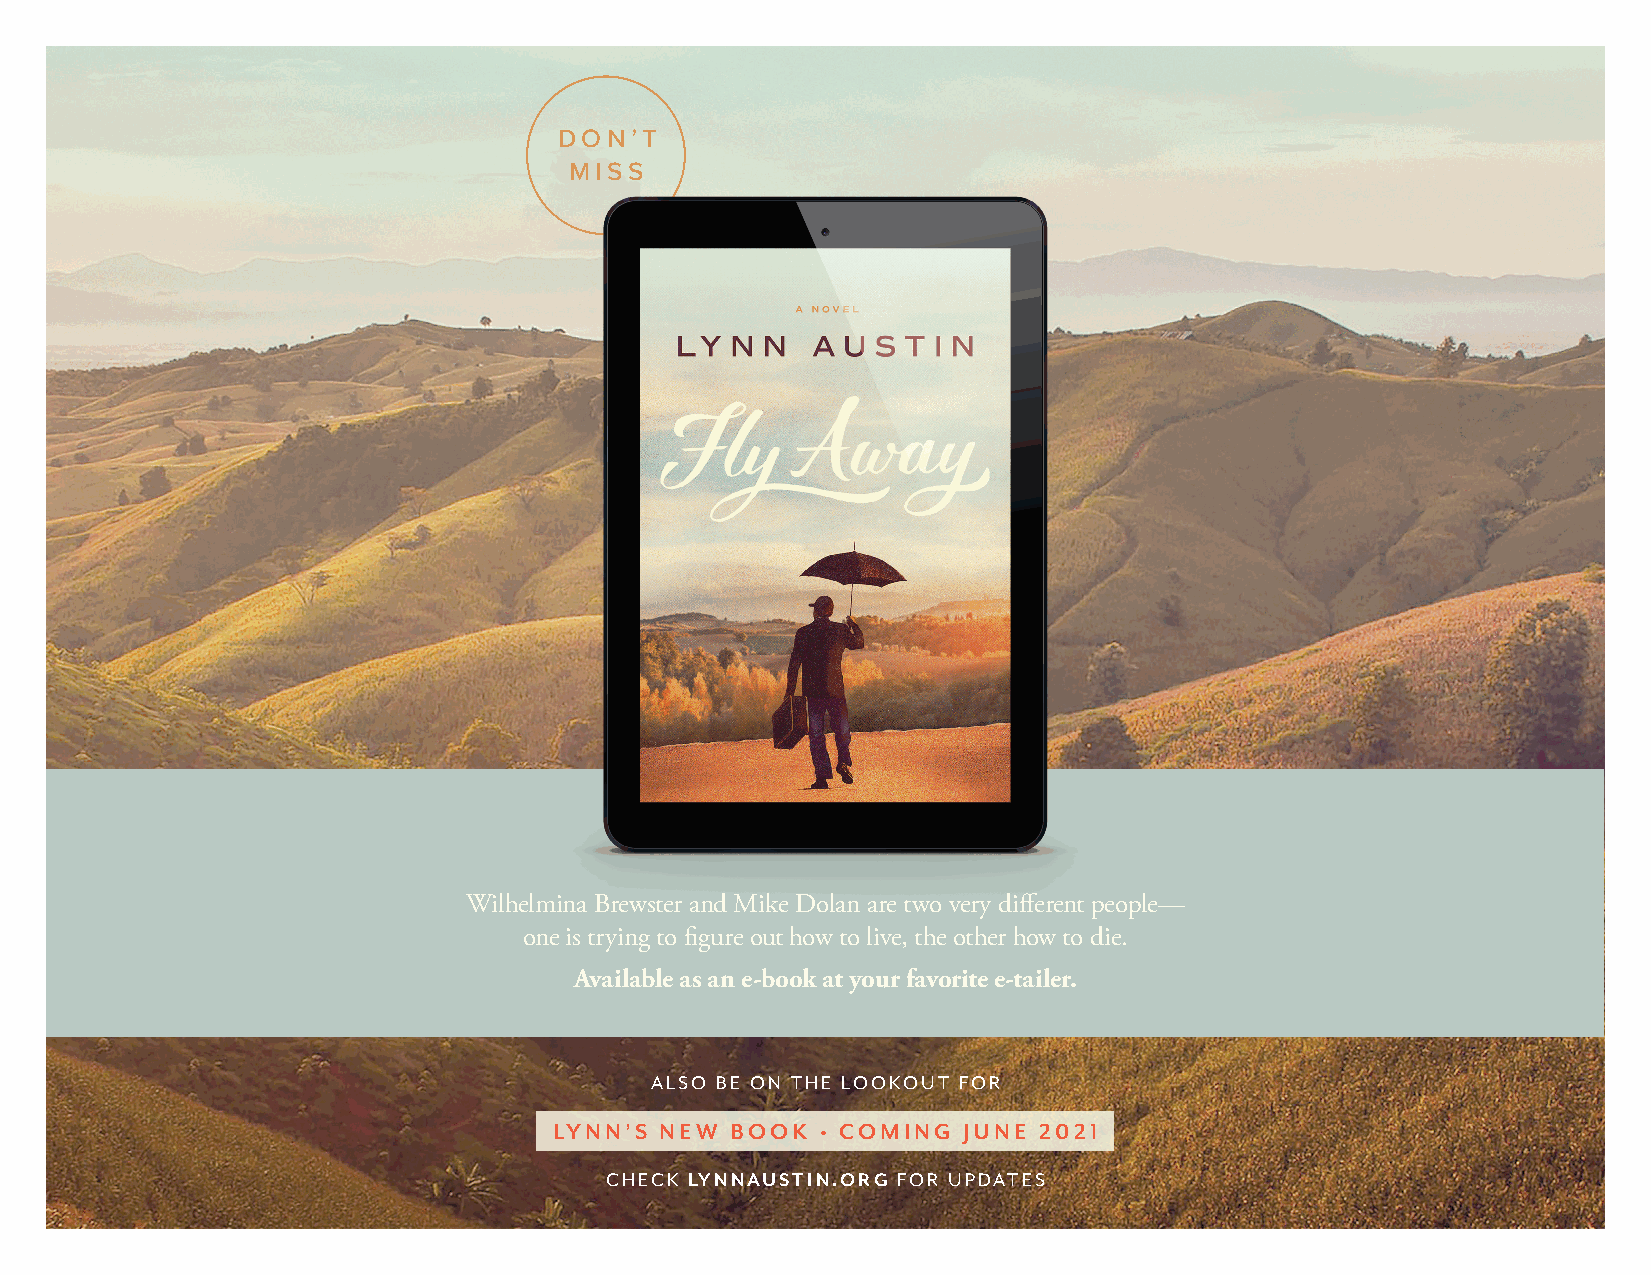
DON’T
 MISS
 Wilhelmina Brewster and Mike Dolan are two very different people—
 one is trying to figure out how to live, the other how to die.
 Available as an e-book at your favorite e-tailer.
 ALSO BE ON THE LOOKOUT FOR
 LYNN’ S NEW BOOK • COMING  JUNE 2021
 CHECK LYNNAUSTIN.ORG FOR UPDATES